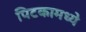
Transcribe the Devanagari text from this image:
पिटकामध्ये